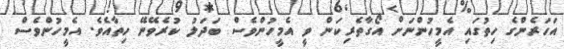
އަހަރެންގެ ހިތުގައި އެމީހުންނަށް އޯގާތެރިކަން ވީ އެމީހުންވެސް ބަދަލު ކުރެވޭނޭ ހިތާއެވެ. އެމީހުންވެސް